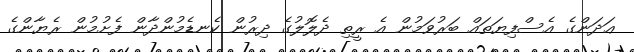
ޢަދަންގެ އެސްފިޔަތައް ބަރުވަމުން އެ ރީތި ދެލޮލުގެ ދިރުން ކެނޑެމުންދާން ފެށުމުން ރެޔާންގެ